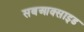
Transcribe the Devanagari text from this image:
सबआक्साइड